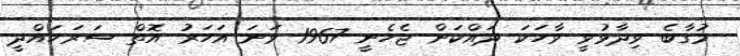
މުގާބެ ވިދާޅުވީ ވާހަކަ ދައްކަން ޖެހެނީ 1967 ވަނަ އަހަރު އޮތް ސަރަހައްދީ